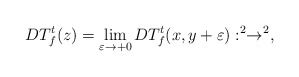
\begin{align*}DT_{f}^{t}(z)=\lim_{\varepsilon\to+0}DT_{f}^{t}(x,y+\varepsilon):\real^{2}\to\real^{2},\end{align*}